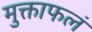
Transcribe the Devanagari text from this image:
मुक्ताफलं